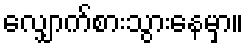
လျှောက်စားသွားနေမှာ။